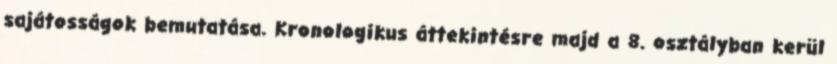
sajátosságok bemutatása. Kronologikus áttekintésre majd a 8. osztályban kerül